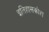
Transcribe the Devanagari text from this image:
इतिहासकोश